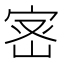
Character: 宻